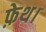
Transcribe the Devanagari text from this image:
फ़ेथ।